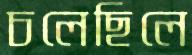
চলেছিলে